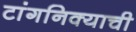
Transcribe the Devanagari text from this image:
टांगनिक्याची